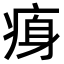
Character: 𤶴